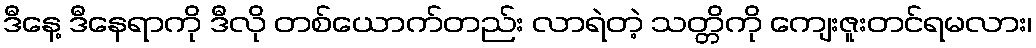
ဒီနေ့ ဒီနေရာကို ဒီလို တစ်ယောက်တည်း လာရဲတဲ့ သတ္တိကို ကျေးဇူးတင်ရမလား၊